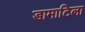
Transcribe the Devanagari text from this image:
डामाटिला